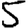
Digit: 5